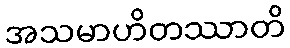
အသမာဟိတဿာတိ